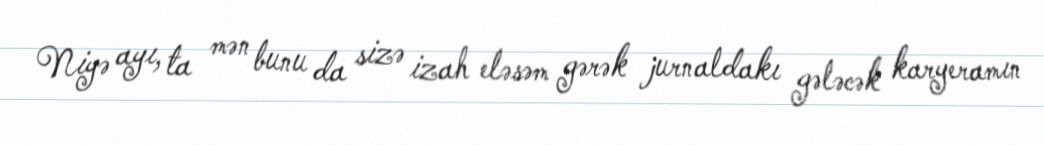
Niyə ayı, ta mən bunu da sizə izah eləsəm gərək jurnaldakı gələcək karyeramın